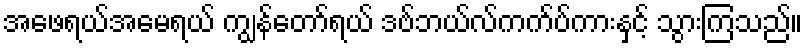
အဖေရယ်အမေရယ် ကျွန်တော်ရယ် ဒဗ်ဘယ်လ်ကက်ပ်ကားနှင့် သွားကြသည်။